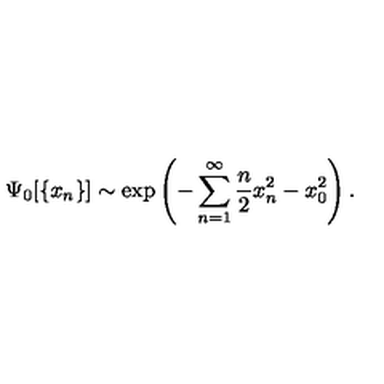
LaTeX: \Psi _ { 0 } [ \{ x _ { n } \} ] \sim \exp \left( - \sum _ { n = 1 } ^ { \infty } \frac { n } { 2 } x _ { n } ^ { 2 } - x _ { 0 } ^ { 2 } \right) .